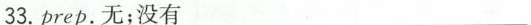
33. prep. 无；没有 ___